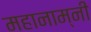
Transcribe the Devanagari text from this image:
महानाम्नी